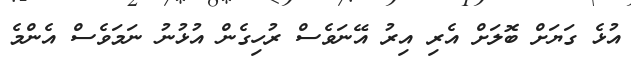
އުޅެ ގަޔަށް ބޮލަށް އެރި އިރު އޭނަވެސް ރުހިގެން އުޅުނު ނަމަވެސް އެންމެ